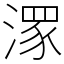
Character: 潈